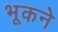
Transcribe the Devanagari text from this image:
भूकने